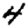
Digit: 4